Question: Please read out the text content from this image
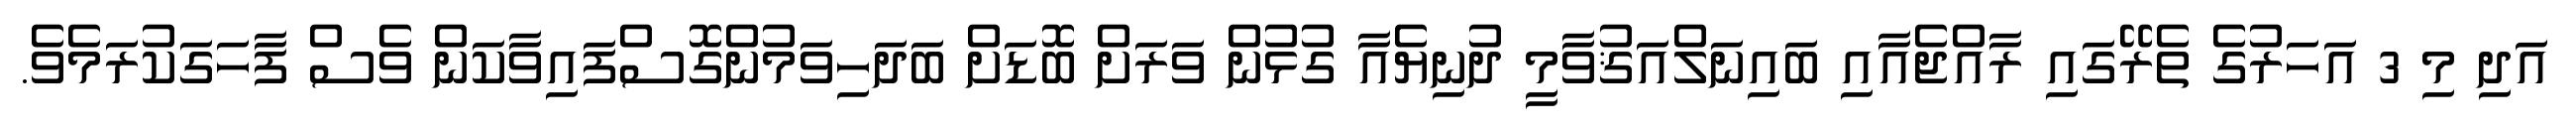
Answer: އަދި މި 3 އަހަރުގެ ތެރޭގައި ރާއްޖެއާއި ބައިނަލްއަޤުވާމީ ދުނިޔެއާ ގުޅުން ވަރަށް ބޮޑަށް ބަދަހިވަމުންގޮސްފައިވާކަން ވެސް ފާހަގަކުރަމެވެ.